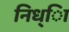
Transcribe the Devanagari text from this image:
निध्ाि